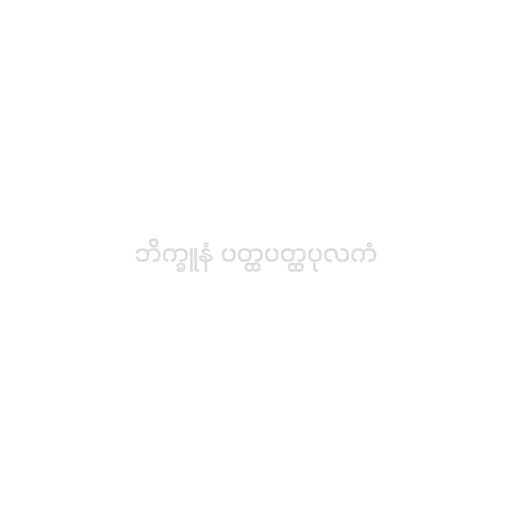
ဘိက္ခူနံ ပတ္ထပတ္ထပုလကံ